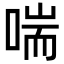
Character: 喘